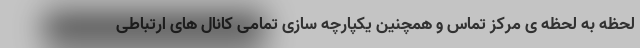
لحظه به لحظه ی مرکز تماس و همچنین یکپارچه سازی تمامی کانال های ارتباطی